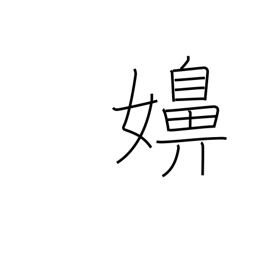
Meaning: wife (vulg)